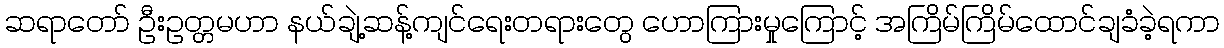
ဆရာတော် ဦးဥတ္တမဟာ နယ်ချဲ့ဆန့်ကျင်ရေးတရားတွေ ဟောကြားမှုကြောင့် အကြိမ်ကြိမ်ထောင်ချခံခဲ့ရကာ